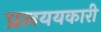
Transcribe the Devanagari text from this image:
प्रलययकारी